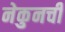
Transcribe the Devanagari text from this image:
नेकुनची